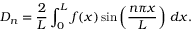
D _ { n } = { \frac { 2 } { L } } \int _ { 0 } ^ { L } f ( x ) \sin \left( { \frac { n \pi x } { L } } \right) \, d x .